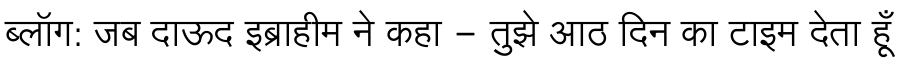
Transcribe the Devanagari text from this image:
ब्लॉग: जब दाऊद इब्राहीम ने कहा - तुझे आठ दिन का टाइम देता हूँ